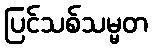
ပြင်သစ်သမ္မတ